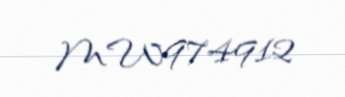
MW974912